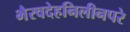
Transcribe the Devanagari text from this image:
भैरवदेहनिलीनपरे